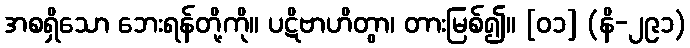
အစရှိသော ဘေးရန်တို့ကို။ ပဋိဗာဟိတွာ၊ တားမြစ်၍။ [၀၁] (နိ-၂၉၁)